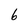
Character: 6